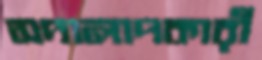
সদালাপকারী